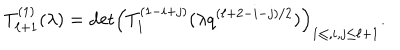
LaTeX: T _ { \ell + 1 } ^ { ( 1 ) } ( \lambda ) = \mathrm { d e t } \Bigl ( T _ { 1 } ^ { ( 1 - i + j ) } ( \lambda q ^ { ( \ell + 2 - i - j ) / 2 } ) \Bigr ) _ { 1 \le , i , j \le \ell + 1 } .